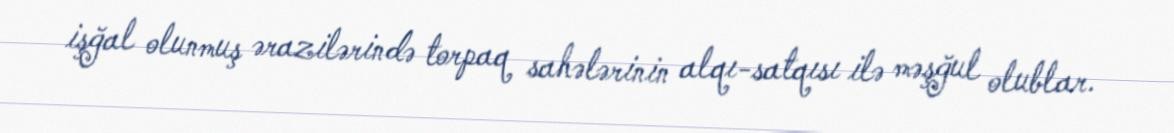
işğal olunmuş ərazilərində torpaq sahələrinin alqı-satqısı ilə məşğul olublar.